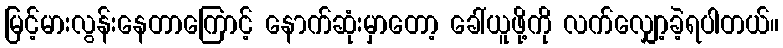
မြင့်မားလွန်းနေတာကြောင့် နောက်ဆုံးမှာတော့ ခေါ်ယူဖို့ကို လက်လျှော့ခဲ့ရပါတယ်။